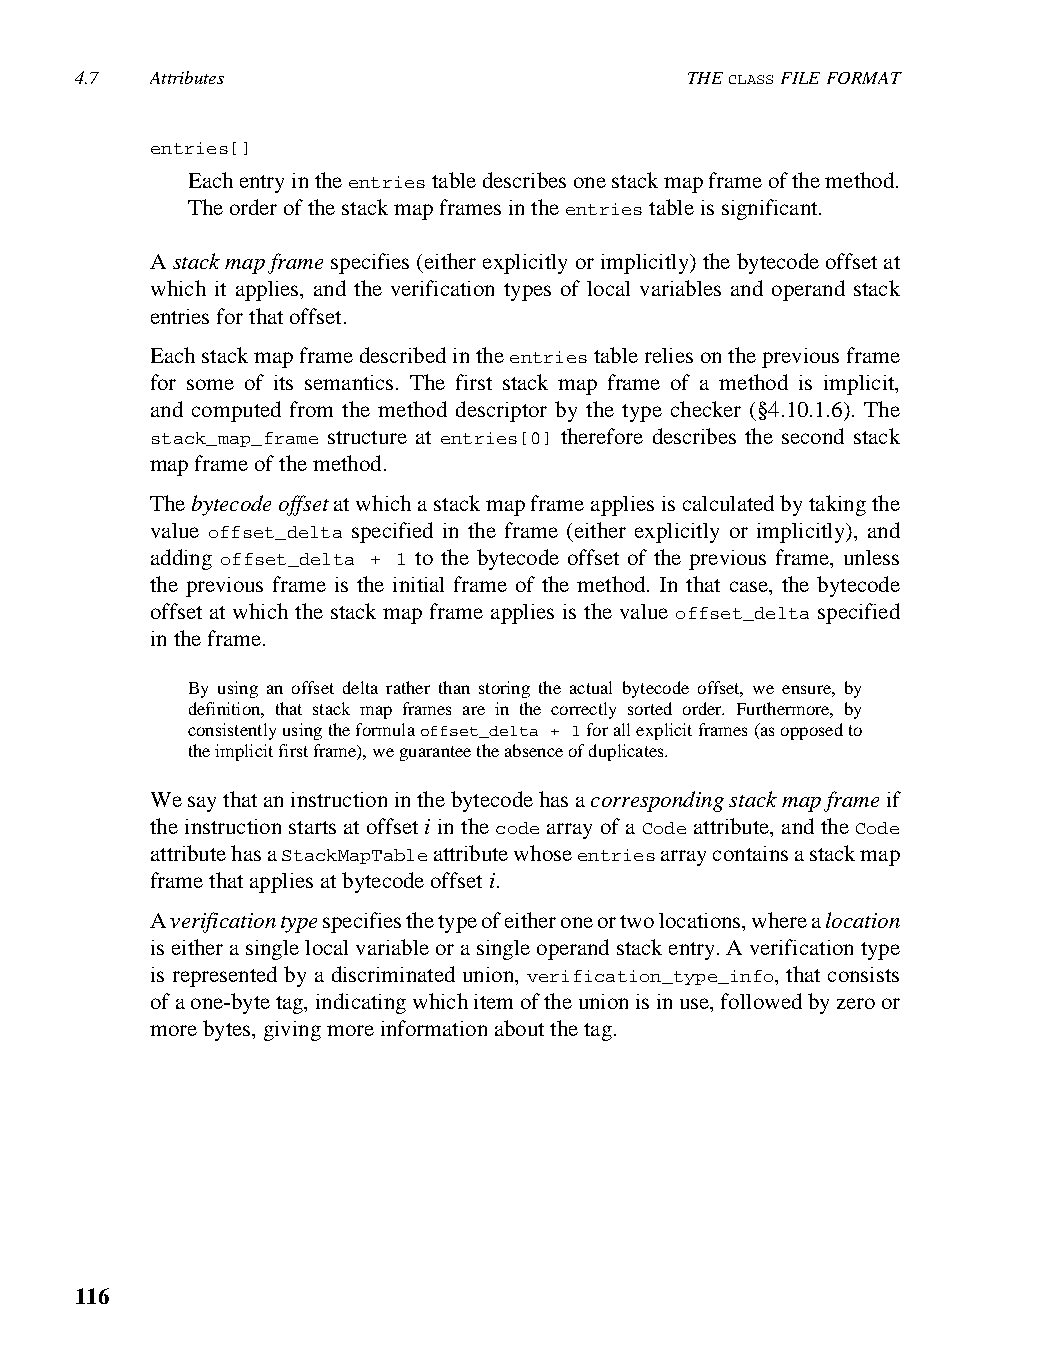
4.7  Attributes                         THE CLASS FILE FORMAT
 entries[]
 Each entry in the entries table describes one stack map frame of the method.
 The order of the stack map frames in the entries table is significant.
 A stack map frame specifies (either explicitly or implicitly) the bytecode offset at
 which it applies, and the verification types of local variables and operand stack
 entries for that offset.
 Each stack map frame described in the entries table relies on the previous frame
 for some of its semantics. The first stack map frame of a method is implicit,
 and computed from the method descriptor by the type checker (§4.10.1.6). The
 stack_map_frame structure at entries[0] therefore describes the second stack
 map frame of the method.
 The bytecode offset at which a stack map frame applies is calculated by taking the
 value offset_delta specified in the frame (either explicitly or implicitly), and
 adding offset_delta + 1 to the bytecode offset of the previous frame, unless
 the previous frame is the initial frame of the method. In that case, the bytecode
 offset at which the stack map frame applies is the value offset_delta specified
 in the frame.
 By using an offset delta rather than storing the actual bytecode offset, we ensure, by
 definition, that stack map frames are in the correctly sorted order. Furthermore, by
 consistently using the formula offset_delta + 1 for all explicit frames (as opposed to
 the implicit first frame), we guarantee the absence of duplicates.
 We say that an instruction in the bytecode has a corresponding stack map frame if
 the instruction starts at offset i in the code array of a Code attribute, and the Code
 attribute has a StackMapTable attribute whose entries array contains a stack map
 frame that applies at bytecode offset i.
 A verification type specifies the type of either one or two locations, where a location
 is either a single local variable or a single operand stack entry. A verification type
 is represented by a discriminated union, verification_type_info, that consists
 of a one-byte tag, indicating which item of the union is in use, followed by zero or
 more bytes, giving more information about the tag.
 116